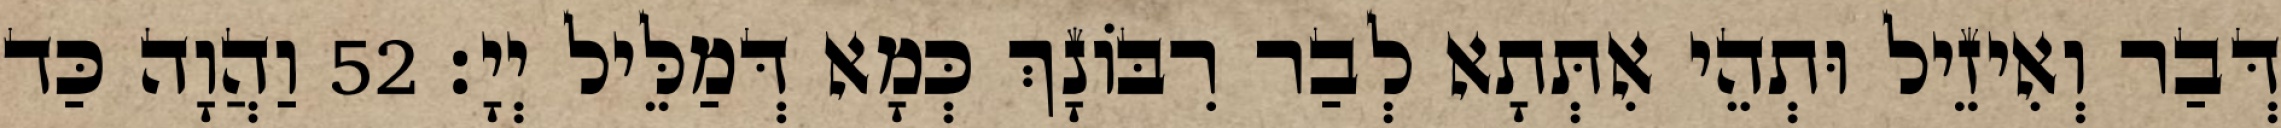
דְּבַר וְאִיזֵיל וּתְהֵי אִתְּתָא לְבַר רִבּוֹנָךְ כְּמָא דְּמַלֵּיל יְיָ׃ 52 וַהֲוָה כַּד